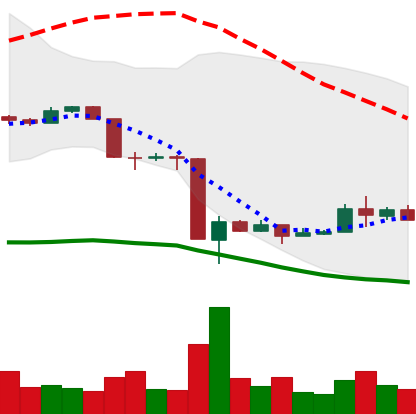
Ticker: EOS-USD
Chart end date: 2020-03-22
Forward return: 5.193%
Label: up_5_7